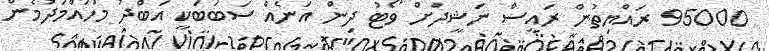
95000 ރައްޔިތުން ރައީސް ނަޝީދަށް ވޯޓު ދިން އަނެއް ސަބަބަކީ އަބްދު މުހައްމަދުމެން